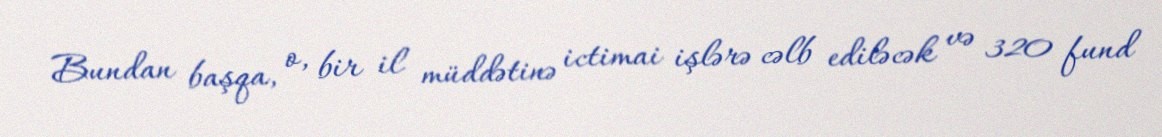
Bundan başqa, o, bir il müddətinə ictimai işlərə cəlb ediləcək və 320 fund